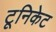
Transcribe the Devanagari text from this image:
टूनिकेट